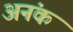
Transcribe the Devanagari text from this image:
अनंक